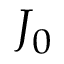
J _ { 0 }